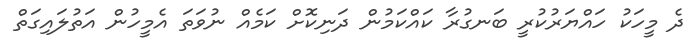
ދެ މީހަކު ހައްޔަރުކުރީ ބަނގުރާ ކައްކަމުން ދަނިކޮށް ކަމެއް ނުވަތަ އެމީހުން އަތުލައިގަތް